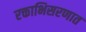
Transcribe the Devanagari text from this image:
रक्ताभिसरणात